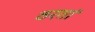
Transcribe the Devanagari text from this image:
ठरतां